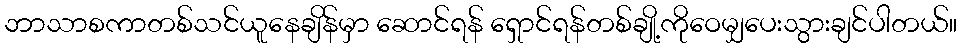
ဘာသာစကာတစ်သင်ယူနေချိန်မှာ ဆောင်ရန် ရှောင်ရန်တစ်ချို့ကိုဝေမျှပေးသွားချင်ပါတယ်။